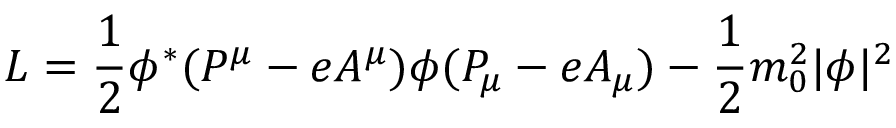
L = \frac { 1 } { 2 } \phi ^ { * } ( P ^ { \mu } - e A ^ { \mu } ) \phi ( P _ { \mu } - e A _ { \mu } ) - \frac { 1 } { 2 } m _ { 0 } ^ { 2 } | \phi | ^ { 2 }